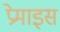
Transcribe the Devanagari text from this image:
प्रेमाइस